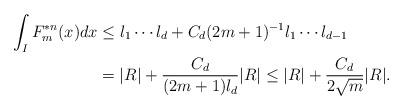
LaTeX: \begin{align*}\int_I F_m^{*n}(x)dx&\le l_1\cdots l_d+C_d (2m+1)^{-1}l_1\cdots l_{d-1}\\&= |R|+ \frac{C_d}{(2m+1)l_d}|R|\le |R|+ \frac{C_d}{2\sqrt{m}}|R|.\end{align*}